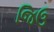
જિઉ